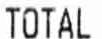
TOTAL